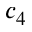
c _ { 4 }